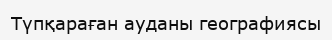
Түпқараған ауданы географиясы